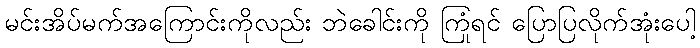
မင်းအိပ်မက်အကြောင်းကိုလည်း ဘဲခေါင်းကို ကြုံရင် ပြောပြလိုက်အုံးပေါ့